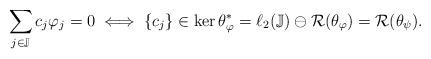
LaTeX: \begin{align*}\sum_{j\in\mathbb{J}}c_j\varphi_j=0 \iff \{c_j\}\in\ker\theta_\varphi^*=\ell_2(\mathbb{J})\ominus{\mathcal R}(\theta_\varphi)={\mathcal R}(\theta_\psi).\end{align*}